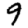
Digit: 9